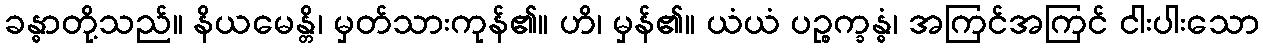
ခန္ဓာတို့သည်။ နိယမေန္တိ၊ မှတ်သားကုန်၏။ ဟိ၊ မှန်၏။ ယံယံ ပဉ္စက္ခန္ဓံ၊ အကြင်အကြင် ငါးပါးသော